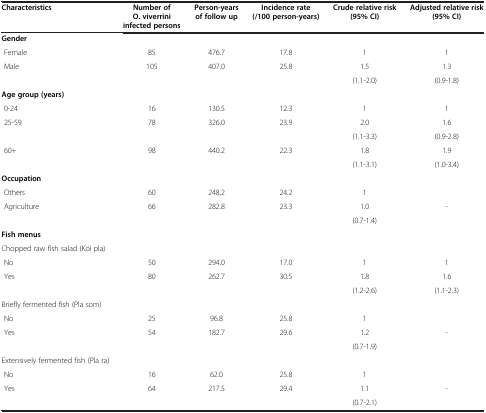
| Characteristics | Number of O. viverrini infected persons | Person-years of follow up | Incidence rate (/100 person-years) | Crude relative risk (95% CI) | Adjusted relative risk (95% CI) |
 | --- | --- | --- | --- | --- | --- |
 | Gender |  |  |  |  |  |
 | Female | 85 | 476.7 | 17.8 | 1 | 1 |
 | <ROWSPAN=2> Male | <ROWSPAN=2> 105 | <ROWSPAN=2> 407.0 | <ROWSPAN=2> 25.8 | 1.5 | 1.3 |
 | (1.1-2.0) | (0.9-1.8) |
 | Age group (years) |  |  |  |  |  |
 | 0-24 | 16 | 130.5 | 12.3 | 1 | 1 |
 | <ROWSPAN=2> 25-59 | <ROWSPAN=2> 78 | <ROWSPAN=2> 326.0 | <ROWSPAN=2> 23.9 | 2.0 | 1.6 |
 | (1.1-3.3) | (0.9-2.8) |
 | <ROWSPAN=2> 60+ | <ROWSPAN=2> 98 | <ROWSPAN=2> 440.2 | <ROWSPAN=2> 22.3 | 1.8 | 1.9 |
 | (1.1-3.1) | (1.0-3.4) |
 | Occupation |  |  |  |  |  |
 | Others | 60 | 248.2 | 24.2 | 1 |  |
 | <ROWSPAN=2> Agriculture | <ROWSPAN=2> 66 | <ROWSPAN=2> 282.8 | <ROWSPAN=2> 23.3 | 1.0 | <ROWSPAN=2> - |
 | (0.7-1.4) |
 | Fish menus |  |  |  |  |  |
 | Chopped raw fish salad (Koi pla) |  |  |  |  |  |
 | No | 50 | 294.0 | 17.0 | 1 | 1 |
 | <ROWSPAN=2> Yes | <ROWSPAN=2> 80 | <ROWSPAN=2> 262.7 | <ROWSPAN=2> 30.5 | 1.8 | 1.6 |
 | (1.2-2.6) | (1.1-2.3) |
 | Briefly fermented fish (Pla som) |  |  |  |  |  |
 | No | 25 | 96.8 | 25.8 | 1 |  |
 | <ROWSPAN=2> Yes | <ROWSPAN=2> 54 | <ROWSPAN=2> 182.7 | <ROWSPAN=2> 29.6 | 1.2 | <ROWSPAN=2> - |
 | (0.7-1.9) |
 | Extensively fermented fish (Pla ra) |  |  |  |  |  |
 | No | 16 | 62.0 | 25.8 | 1 |  |
 | <ROWSPAN=2> Yes | <ROWSPAN=2> 64 | <ROWSPAN=2> 217.5 | <ROWSPAN=2> 29.4 | 1.1 | <ROWSPAN=2> - |
 | (0.7-2.1) |